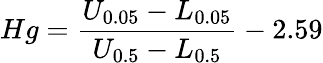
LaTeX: Hg=\frac{U_{0.05}-L_{0.05}}{U_{0.5}-L_{0.5}}-2.59